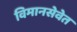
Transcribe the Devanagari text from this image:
विमानसेवेत